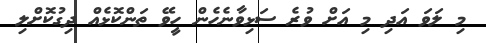
މި ލަވަ އަދި މި އަށް ވުރެ ސަޅިވާނެހެން ހީވޭ ތަންކޮޅެއް ދިގުކޮށްލި